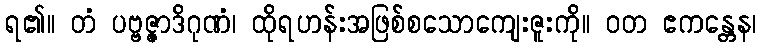
ရ၏။ တံ ပဗ္ဗဇ္ဇာဒိဂုဏံ၊ ထိုရဟန်းအဖြစ်စသောကျေးဇူးကို။ ဝတ ဧကန္တေန၊